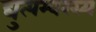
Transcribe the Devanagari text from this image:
द्युत्यम्बरस्य